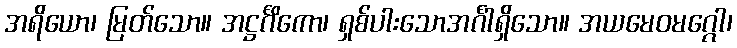
အရိယော၊ မြတ်သော။ အဋ္ဌင်္ဂိကော၊ ရှစ်ပါးသောအင်္ဂါရှိသော။ အယမေဝမဂ္ဂေါ၊